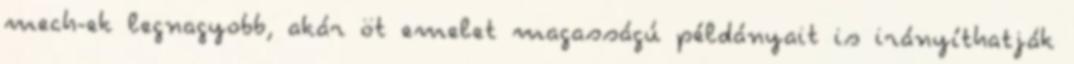
mech-ek legnagyobb, akár öt emelet magasságú példányait is irányíthatják